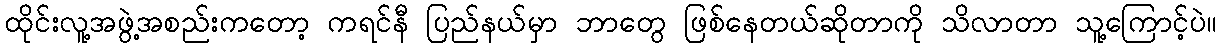
ထိုင်းလူ့အဖွဲ့အစည်းကတော့ ကရင်နီ ပြည်နယ်မှာ ဘာတွေ ဖြစ်နေတယ်ဆိုတာကို သိလာတာ သူ့ကြောင့်ပဲ။